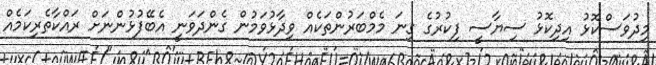
މިދުވަސްކޮޅު އިދިކޮޅު ސިޔާސީ ފިކުރުގެ ގިނަ މެމްބަރުންތަކެއް ވިދާޅުވަމުން ގެންދަވަނީ އެބޭފުޅުންނަށް ރައްކާތެރިކަމެއް